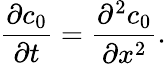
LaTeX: \frac{\partial c_{0}}{\partial t}=\frac{\partial^{2}c_{0}}{\partial x^{2}}.